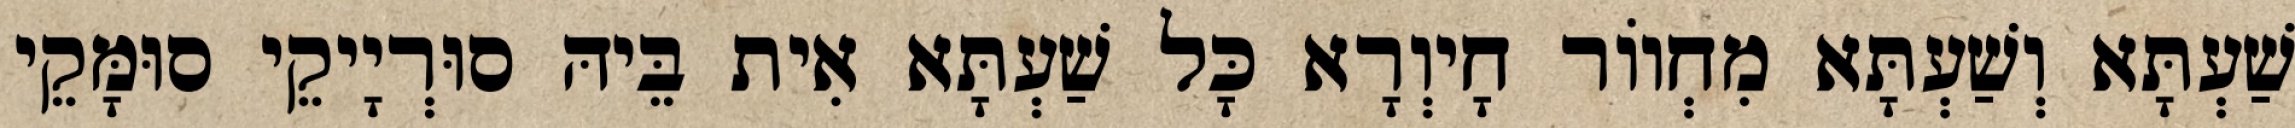
שַׁעְתָּא וְשַׁעְתָּא מִחְווֹר חָיוְרָא כָּל שַׁעְתָּא אִית בֵּיהּ סוּרְיָיקֵי סוּמָּקֵי